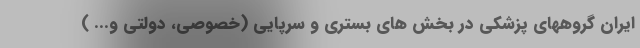
ایران گروههای پزشکی در بخش های بستری و سرپایی (خصوصی، دولتی و... )